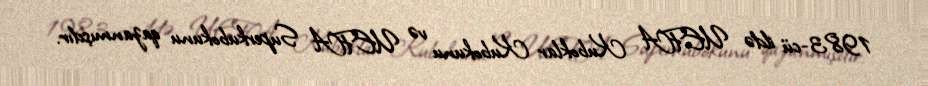
1983-cü ildə UEFA Kuboklar Kubokunu və UEFA Superkubokunu qazanmışdır.